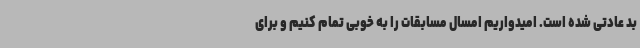
بد عادتی شده است. امیدواریم امسال مسابقات را به خوبی تمام کنیم و برای